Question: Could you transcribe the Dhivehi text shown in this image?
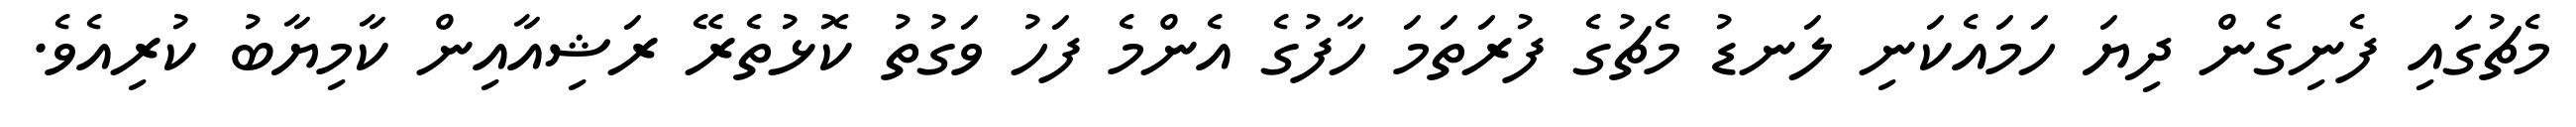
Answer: މެޗުގައި ފެނިގެން ދިޔަ ހަމައެކަނި ލަނޑު މެޗުގެ ފުރަތަމަ ހާފުގެ އެންމެ ފަހު ވަގުތު ކޮޅުތެރޭ ރަޝިއާއިން ކާމިޔާބު ކުރިއެވެ.